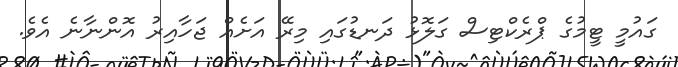
ގައުމީ ޓީމުގެ ޕްރެކްޓިސް ގަލޮޅު ދަނޑުގައި މިރޭ އަށެއް ޖަހާއިރު އޮންނާނެ އެވެ.